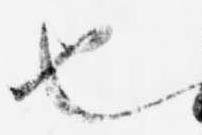
也